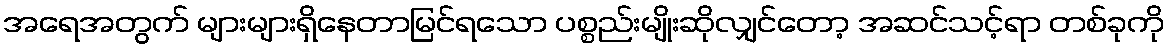
အရေအတွက် များများရှိနေတာမြင်ရသော ပစ္စည်းမျိုးဆိုလျှင်တော့ အဆင်သင့်ရာ တစ်ခုကို